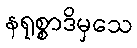
နရုစ္စာဒိမှသေ